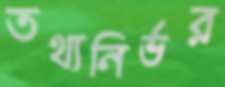
তথ্যনির্ভর